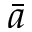
\bar { a }